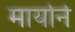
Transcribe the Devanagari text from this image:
मार्याने